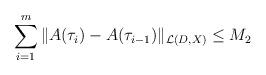
LaTeX: \begin{align*}\sum_{i=1}^m \| A(\tau_i)-A(\tau_{i-1})\|_{{\mathcal L}(D,X)} \le M_2\end{align*}